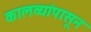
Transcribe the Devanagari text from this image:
कालव्यांपासून